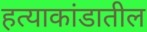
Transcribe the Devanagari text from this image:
हत्याकांडातील